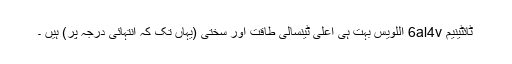
ٹائٹینیم 6al4v اللویس بہت ہی اعلی ٹینسالی طاقت اور سختی (یہاں تک کہ انتہائی درجہ پر) ہیں ۔